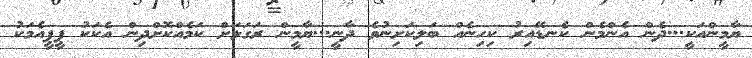
ޔާމީންއަކީ...ދެން އެންމެން ކެނޑޭއިރު ކިހިނެއް ބަލިކަށިނުވެ ދާނީ...ޔާމީން ރަގަޅަށް ކަމެއްކޮށްދިން އެކަކު ޕީޕީއެމަކު